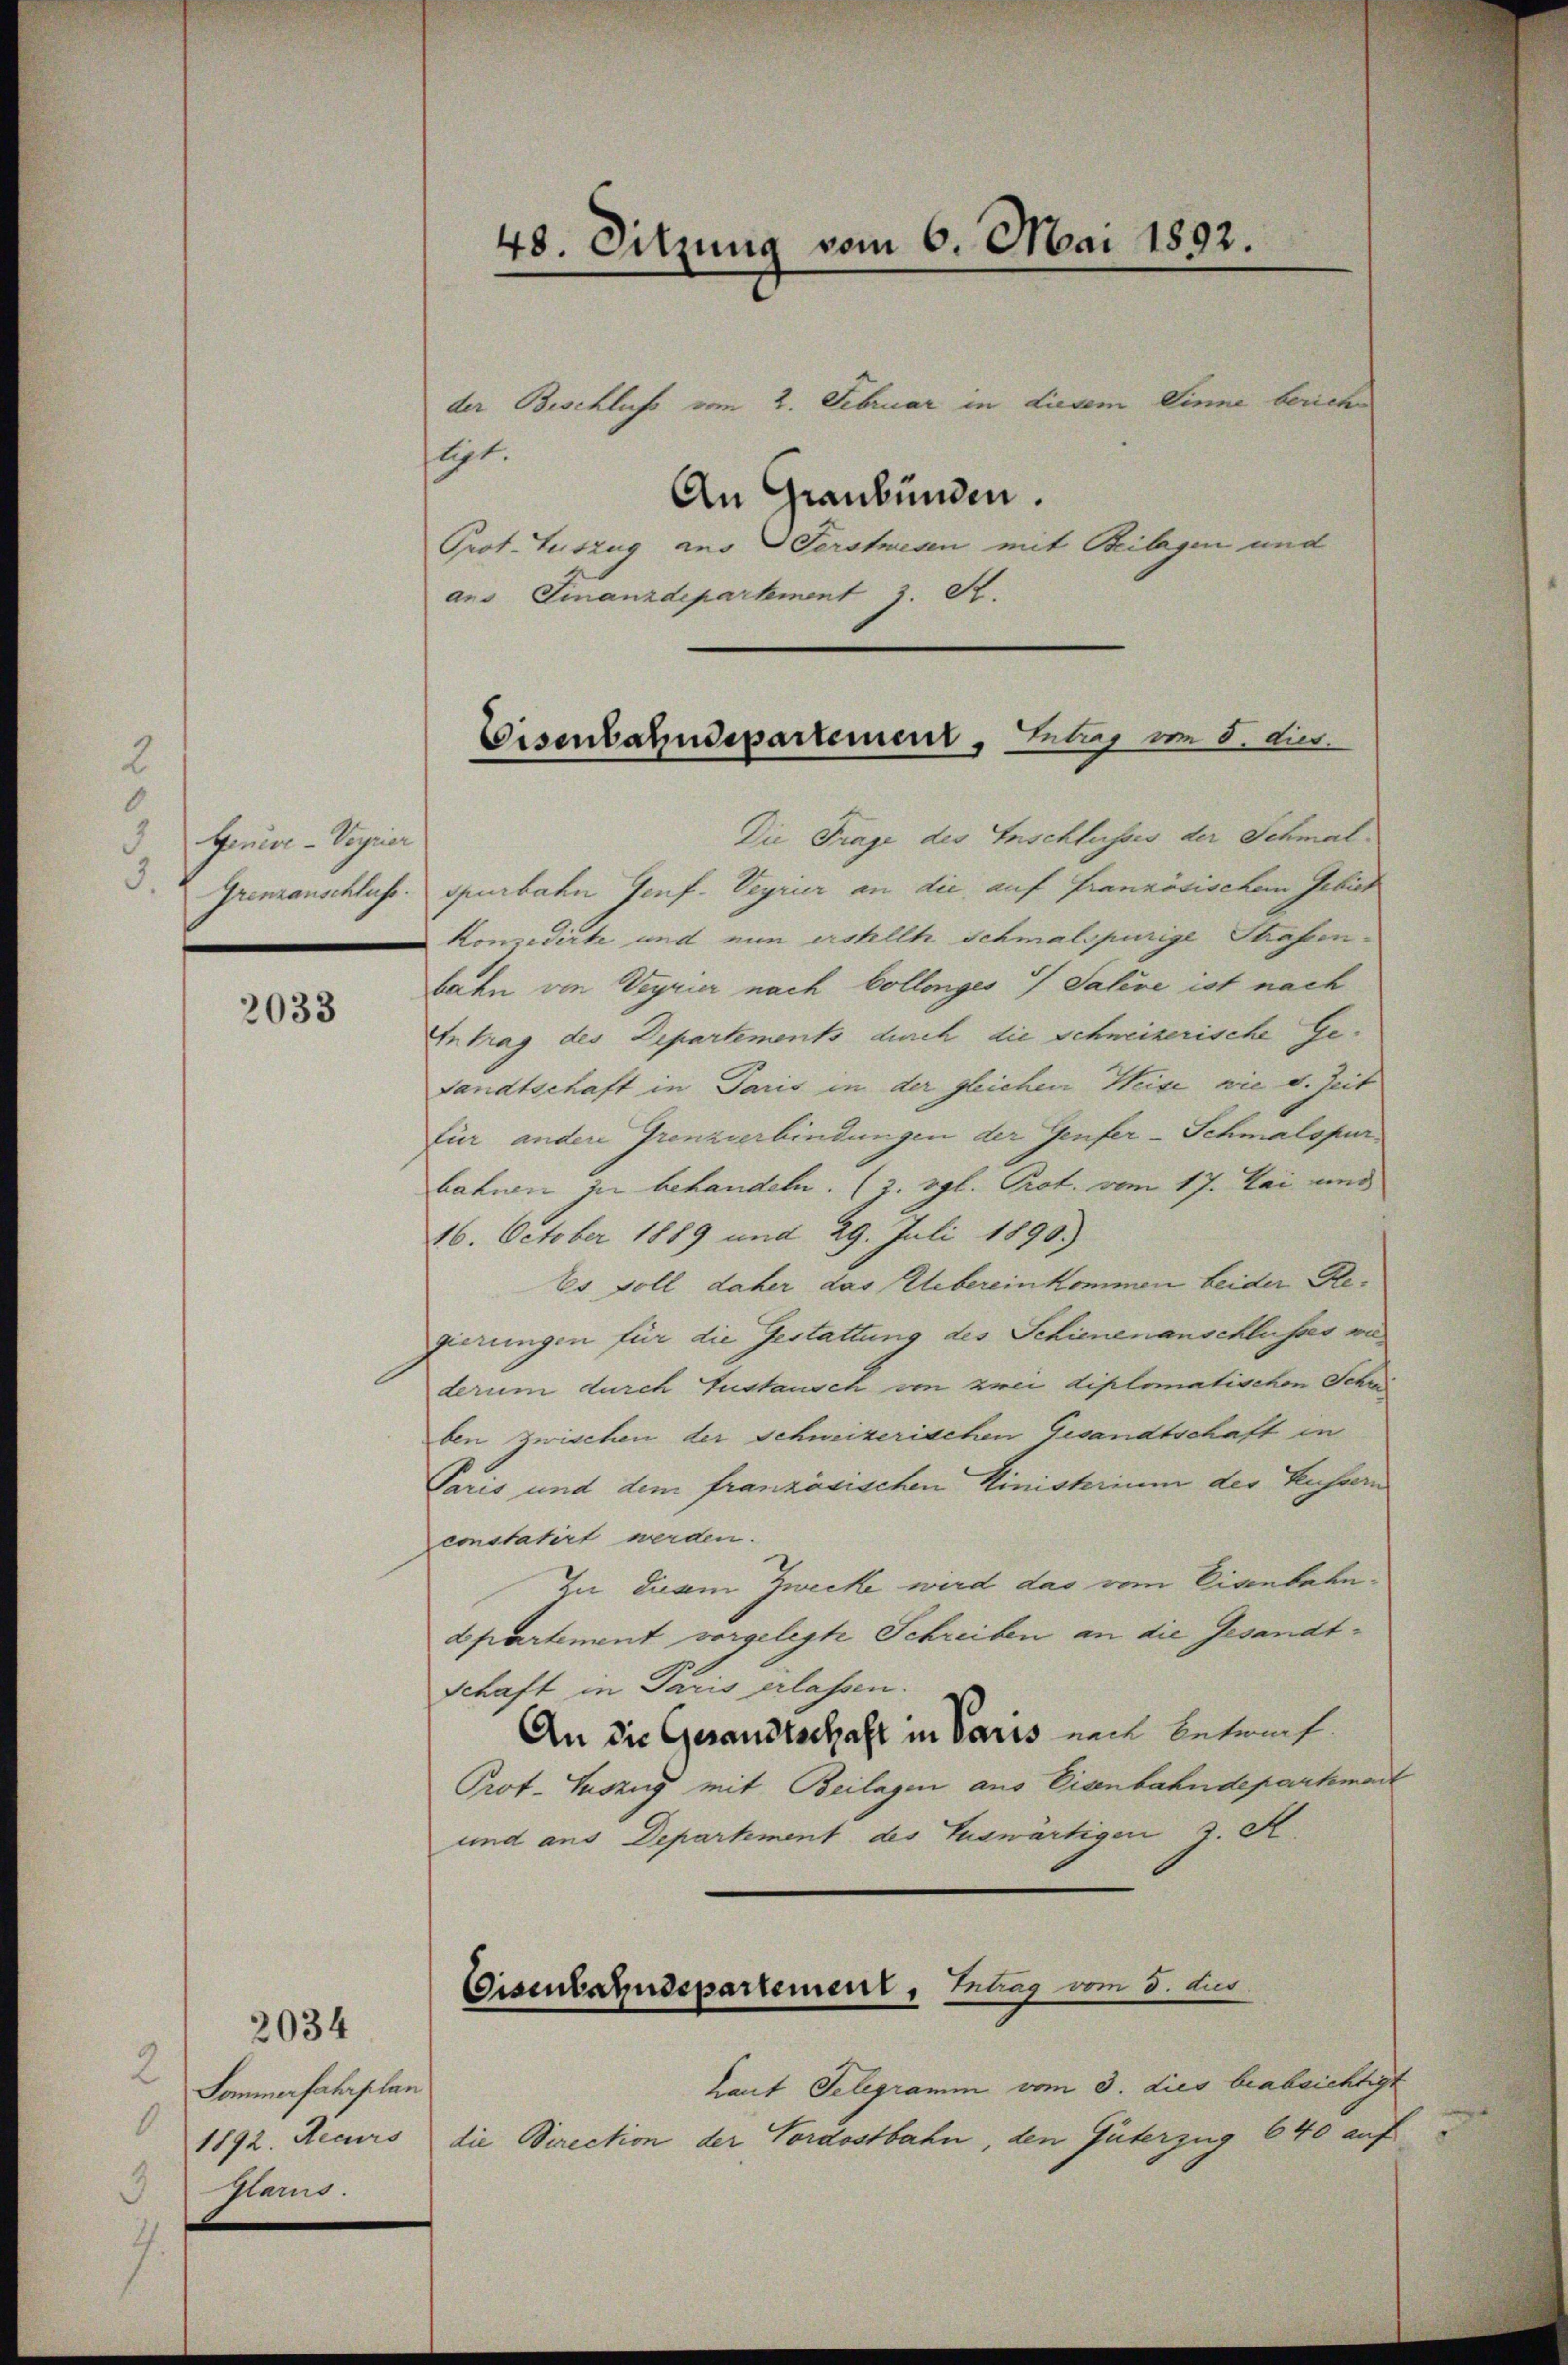
2
6
Genive-Veyrier
.
3.
Grenzanschluss.

2033

2
Sommerfahrplan
1
1892. Recurs
Glarus.

2034

48. Sitzung vom 6. Mai 1892.

Die Frage des Inschlusses der Schmalspurbahn Genf. Veyrier an die auf französischem Gebiet
Komedicte und nun erstellt schmalspurige Strafenbahn von Wagnier nach Collenges 4 Jahre ist nach
Antrag des Departements durch die Schweizerische Gesandtschaft in Paris in der gleichen Heise wie d. Zeit
für andere Grenzverbindungen der Genfer-Schmalspur
bahnen zu behandeln. (2. vgl. Prot. vom 17. Mai und
16. October 1889 und 29. Juli 1890.)
Es soll daher das Uebereinkommen beider Regierungen für die Gestattung des Schienenanschlusses vaderum durch Zustausch von zwei diplomatischen Schre
ben zwischen der Schweizerischen Gesandtschaft in
Paris und dem französischen Ministerium der Kussern
constatirt werden.
In diam Zwecke wird das vom Eisenbahnapartement vorgelegte Schreiben an die Gesandt¬
Schaft in Paris erlassen.
An die Gesandtschaft in Paris nach Betref
Prot. Tuszug mit Beilagen aus Eisenbahndepartmark
und aus Departement des Auswärtigen 2. F
haut Telegramm vom 3. dies beabsichtigt
die Direction der Vordostbahn, den Güterzug 640 auf

ligt.
ans Finanzdepartement z. R.

der Beschluss vom 2. Februar in diesem Sinne berich¬
An Graubünden.
Prot. Auszug aus Verstwesen mit Beilagen und

Eisenbahndepartement, Leber vom 8. dies.

Eisenbahndepartement, Erlag vom 8. des